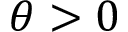
\theta > 0